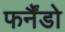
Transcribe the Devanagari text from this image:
फर्नैंडो